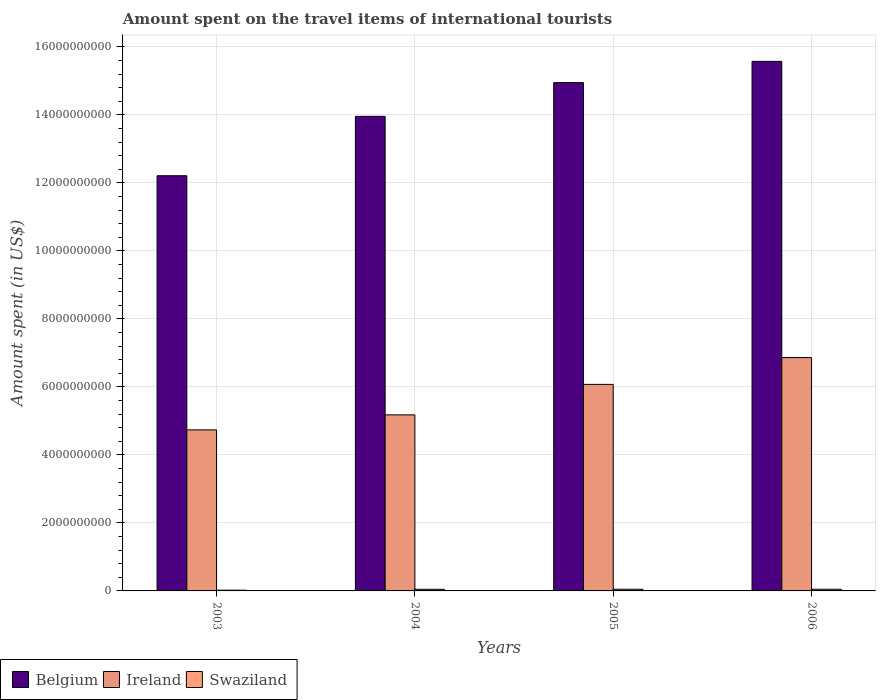
| Years | Belgium | Ireland | Swaziland |
 | --- | --- | --- | --- |
 | 2003 | 1.22e+10 | 4.74e+09 | 2.2e+07 |
 | 2004 | 1.4e+10 | 5.18e+09 | 4.8e+07 |
 | 2005 | 1.49e+10 | 6.07e+09 | 4.9e+07 |
 | 2006 | 1.56e+10 | 6.86e+09 | 4.9e+07 |